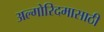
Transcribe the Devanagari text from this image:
अल्गोरिदमासाठी